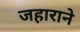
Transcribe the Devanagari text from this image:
जहाराने